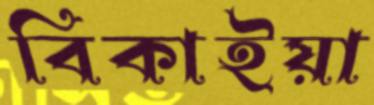
বিকাইয়া